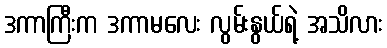
ဒကာကြီးက ဒကာမလေး လွမ်းနွယ်ရဲ့ အသိလား